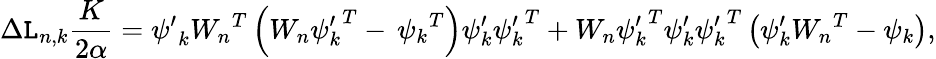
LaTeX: \Delta\mathtt{L}_{n,k}\frac{{K}}{{2\alpha}}={\psi^{\prime}}_{k}{W_{n}}^{T}\left({W_{n}}{\psi_{k}^{\prime}}^{T}-\, {\psi_{k}}^{T}\right){\psi_{k}^{\prime}}{\psi_{k}^{\prime}}^{T}+{W_{n}}{\psi_{k}^{\prime}}^{T}{\psi_{k}^{\prime}}{\psi_{k}^{\prime}}^{T}\left({\psi_{k}^{\prime}}{W_{n}}^{T}-{\psi_{k}}\right),